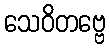
သေဝိတဗ္ဗေ